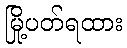
မြို့ပတ်ရထား